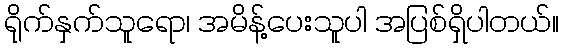
ရိုက်နှက်သူရော၊ အမိန့်ပေးသူပါ အပြစ်ရှိပါတယ်။